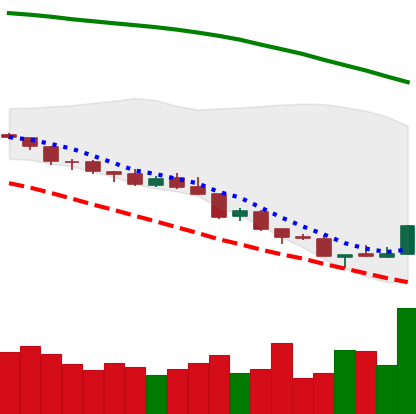
Ticker: NEO-USD
Chart end date: 2018-08-17
Forward return: -19.302%
Label: down_7plus